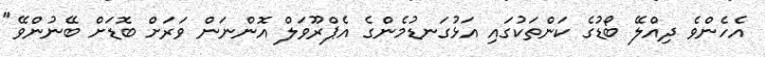
އެހެންވެ ދިއްލޭ ބޯޑުގެ ކަންތަކުގައި އަޅުގަނޑުމެންގެ އެޕްރޫވަލް އޮންނަން ވަރަށް ބޮޑަށް ބޭނުންވޭ"